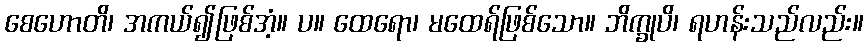
စေဟောတိ၊ အကယ်၍ဖြစ်အံ့။ ပ။ ထေရော၊ မထေရ်ဖြစ်သော။ ဘိက္ခုပိ၊ ရဟန်းသည်လည်း။